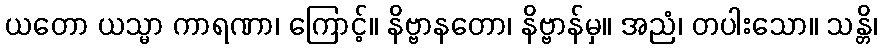
ယတော ယသ္မာ ကာရဏာ၊ ကြောင့်။ နိဗ္ဗာနတော၊ နိဗ္ဗာန်မှ။ အညံ၊ တပါးသော။ သန္တိ၊